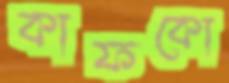
কাফকো